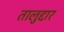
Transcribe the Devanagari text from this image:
तालुद्दार